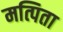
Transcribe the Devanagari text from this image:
मत्पिता